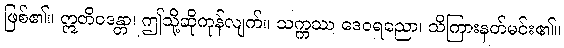
ဖြစ်၏။ ဣတိဝဒန္တာ၊ ဤသို့ဆိုကုန်လျက်။ သက္ကဿ ဒေဝရညော၊ သိကြားနတ်မင်း၏။